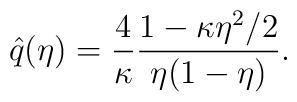
\hat q(\eta) = \frac4{\kappa} \frac{1-\kappa\eta^2/2}  {\eta (1-\eta)}.